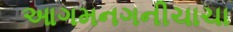
આગમનગનીચાચા